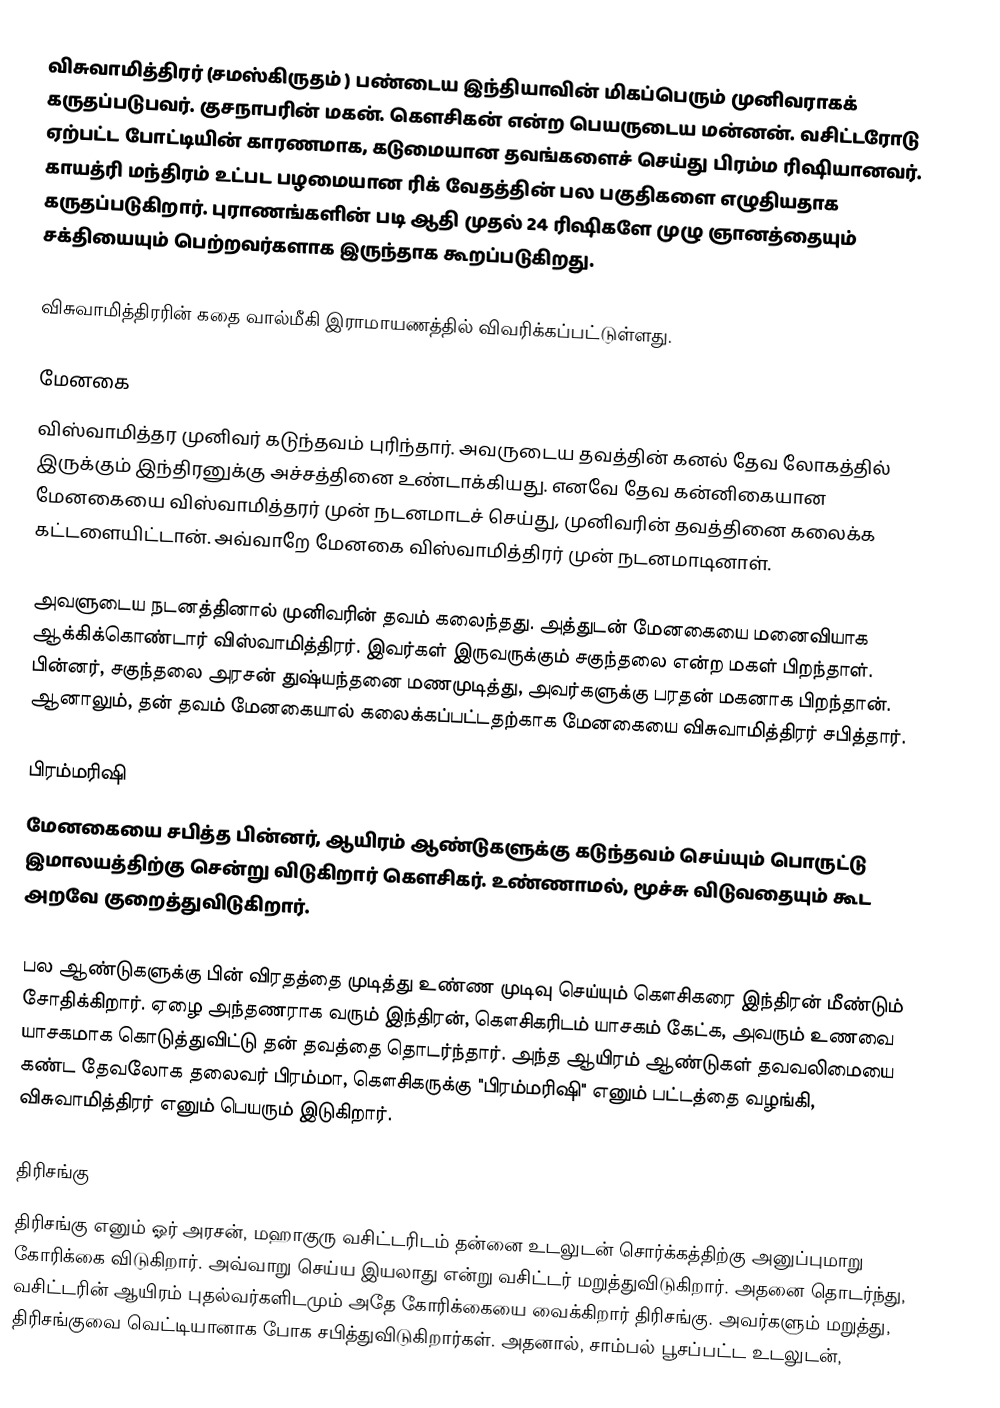
விசுவாமித்திரர் (சமஸ்கிருதம் ) பண்டைய இந்தியாவின் மிகப்பெரும் முனிவராகக் கருதப்படுபவர். குசநாபரின் மகன். கௌசிகன் என்ற பெயருடைய மன்னன். வசிட்டரோடு ஏற்பட்ட போட்டியின் காரணமாக, கடுமையான தவங்களைச் செய்து பிரம்ம ரிஷியானவர். காயத்ரி மந்திரம் உட்பட பழமையான ரிக் வேதத்தின் பல பகுதிகளை எழுதியதாக கருதப்படுகிறார். புராணங்களின் படி ஆதி முதல் 24 ரிஷிகளே முழு ஞானத்தையும் சக்தியையும் பெற்றவர்களாக இருந்தாக கூறப்படுகிறது.

விசுவாமித்திரரின் கதை வால்மீகி இராமாயணத்தில் விவரிக்கப்பட்டுள்ளது.

மேனகை
விஸ்வாமித்தர முனிவர் கடுந்தவம் புரிந்தார். அவருடைய தவத்தின் கனல் தேவ லோகத்தில் இருக்கும் இந்திரனுக்கு அச்சத்தினை உண்டாக்கியது. எனவே தேவ கன்னிகையான மேனகையை விஸ்வாமித்தரர் முன் நடனமாடச் செய்து, முனிவரின் தவத்தினை கலைக்க கட்டளையிட்டான். அவ்வாறே மேனகை விஸ்வாமித்திரர் முன் நடனமாடினாள்.

அவளுடைய நடனத்தினால் முனிவரின் தவம் கலைந்தது. அத்துடன் மேனகையை மனைவியாக ஆக்கிக்கொண்டார் விஸ்வாமித்திரர். இவர்கள் இருவருக்கும் சகுந்தலை என்ற மகள் பிறந்தாள். பின்னர், சகுந்தலை அரசன் துஷ்யந்தனை மணமுடித்து, அவர்களுக்கு பரதன் மகனாக பிறந்தான். ஆனாலும், தன் தவம் மேனகையால் கலைக்கப்பட்டதற்காக மேனகையை விசுவாமித்திரர் சபித்தார்.

பிரம்மரிஷி
மேனகையை சபித்த பின்னர், ஆயிரம் ஆண்டுகளுக்கு கடுந்தவம் செய்யும் பொருட்டு இமாலயத்திற்கு சென்று விடுகிறார் கௌசிகர். உண்ணாமல், மூச்சு விடுவதையும் கூட அறவே குறைத்துவிடுகிறார்.

பல ஆண்டுகளுக்கு பின் விரதத்தை முடித்து உண்ண முடிவு செய்யும் கௌசிகரை இந்திரன் மீண்டும் சோதிக்கிறார். ஏழை அந்தணராக வரும் இந்திரன், கௌசிகரிடம் யாசகம் கேட்க, அவரும் உணவை யாசகமாக கொடுத்துவிட்டு தன் தவத்தை தொடர்ந்தார். அந்த ஆயிரம் ஆண்டுகள் தவவலிமையை கண்ட தேவலோக தலைவர் பிரம்மா, கௌசிகருக்கு "பிரம்மரிஷி" எனும் பட்டத்தை வழங்கி, விசுவாமித்திரர் எனும் பெயரும் இடுகிறார்.

திரிசங்கு
திரிசங்கு எனும் ஓர் அரசன், மஹாகுரு வசிட்டரிடம் தன்னை உடலுடன் சொர்க்கத்திற்கு அனுப்புமாறு கோரிக்கை விடுகிறார். அவ்வாறு செய்ய இயலாது என்று வசிட்டர் மறுத்துவிடுகிறார். அதனை தொடர்ந்து, வசிட்டரின் ஆயிரம் புதல்வர்களிடமும் அதே கோரிக்கையை வைக்கிறார் திரிசங்கு. அவர்களும் மறுத்து, திரிசங்குவை வெட்டியானாக போக சபித்துவிடுகிறார்கள். அதனால், சாம்பல் பூசப்பட்ட உடலுடன்,